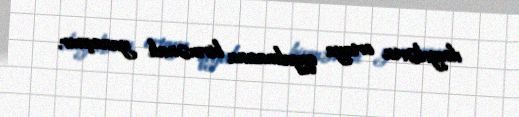
dosyelərin ortaya qoyulmasına birmənalı yanaşmır.